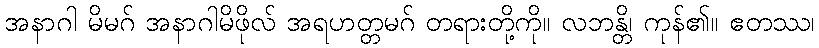
အနာဂါ မိမဂ် အနာဂါမိဖိုလ် အရဟတ္တမဂ် တရားတို့ကို။ လဘန္တိ၊ ကုန်၏။ ဧတဿ၊